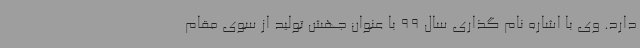
دارد. وی با اشاره نام گذاری سال 99 با عنوان جهش تولید از سوی مقام